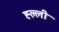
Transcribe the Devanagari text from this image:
ह्ल्ली